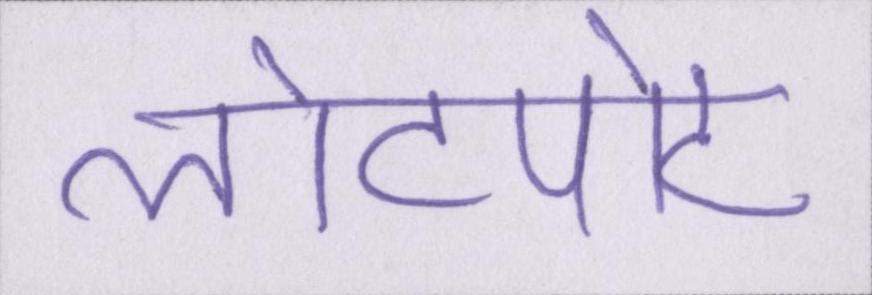
लोटपोट